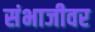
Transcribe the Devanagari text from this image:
संभाजीवर